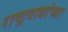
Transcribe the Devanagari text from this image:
राष्ट्रवाद्यांच्या